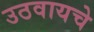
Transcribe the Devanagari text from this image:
उठवायचे